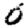
Digit: 0